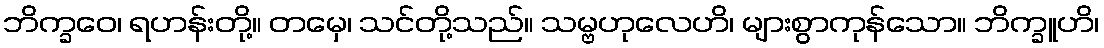
ဘိက္ခဝေ၊ ရဟန်းတို့။ တမှေ၊ သင်တို့သည်။ သမ္ဗဟုလေဟိ၊ များစွာကုန်သော။ ဘိက္ခူဟိ၊